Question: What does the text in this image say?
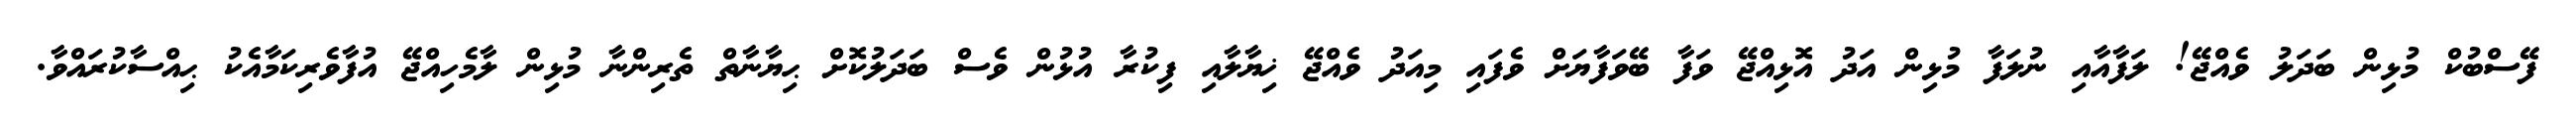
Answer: ފޭސްބުކް މުޅިން ބަދަލު ވެއްޖޭ! ލަފާއާއި ނުލަފާ މުޅިން އަދު އޮޅިއްޖޭ ވަފާ ބޭވަފާޔަށް ވެފައި މިއަދު ވެއްޖޭ ޚިޔާލާއި ފިކުރާ އުޅުން ވެސް ބަދަލުކޮށް ޙިޔާނާތް ތެރިންނާ މުޅިން ލާމެހިއްޖޭ އުފާވެރިކަމާއެކު ޙިއްސާކުރައްވާ.